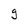
Character: g